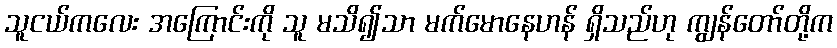
သူငယ်ကလေး အကြောင်းကို သူ မသိ၍သာ မက်မောနေဟန် ရှိသည်ဟု ကျွန်တော်တို့က